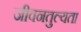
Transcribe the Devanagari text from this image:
जीवनतुल्यता